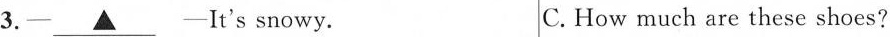
3.— \underline{▲} —It's snowy. C.How much are these shoes?